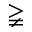
\gneqq